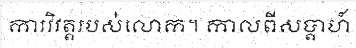
ការវិវត្តរបស់លោក។ កាលពីសប្តាហ៍